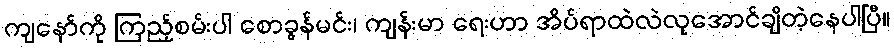
ကျနော်ကို ကြည့်စမ်းပါ စောခွန်မင်း၊ ကျန်းမာ ရေးဟာ အိပ်ရာထဲလဲလုအောင်ချိတဲ့နေပါပြီ။